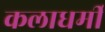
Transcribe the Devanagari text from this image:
कलाधर्मी